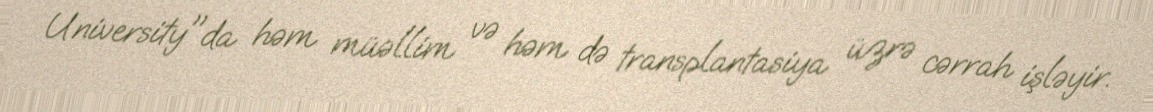
University"da həm müəllim və həm də transplantasiya üzrə cərrah işləyir.